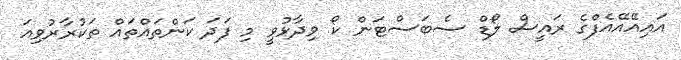
އައިއޭއޭއެފްގެ ރައީސް ލޯޑް ސެބަސްޓަން ކޯ ވިދާޅުވީ މި ފަދަ ކަންތައްތައް ތަކުރާރުވިއަ